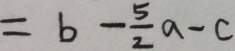
= b - \frac { 5 } { 2 } a - c